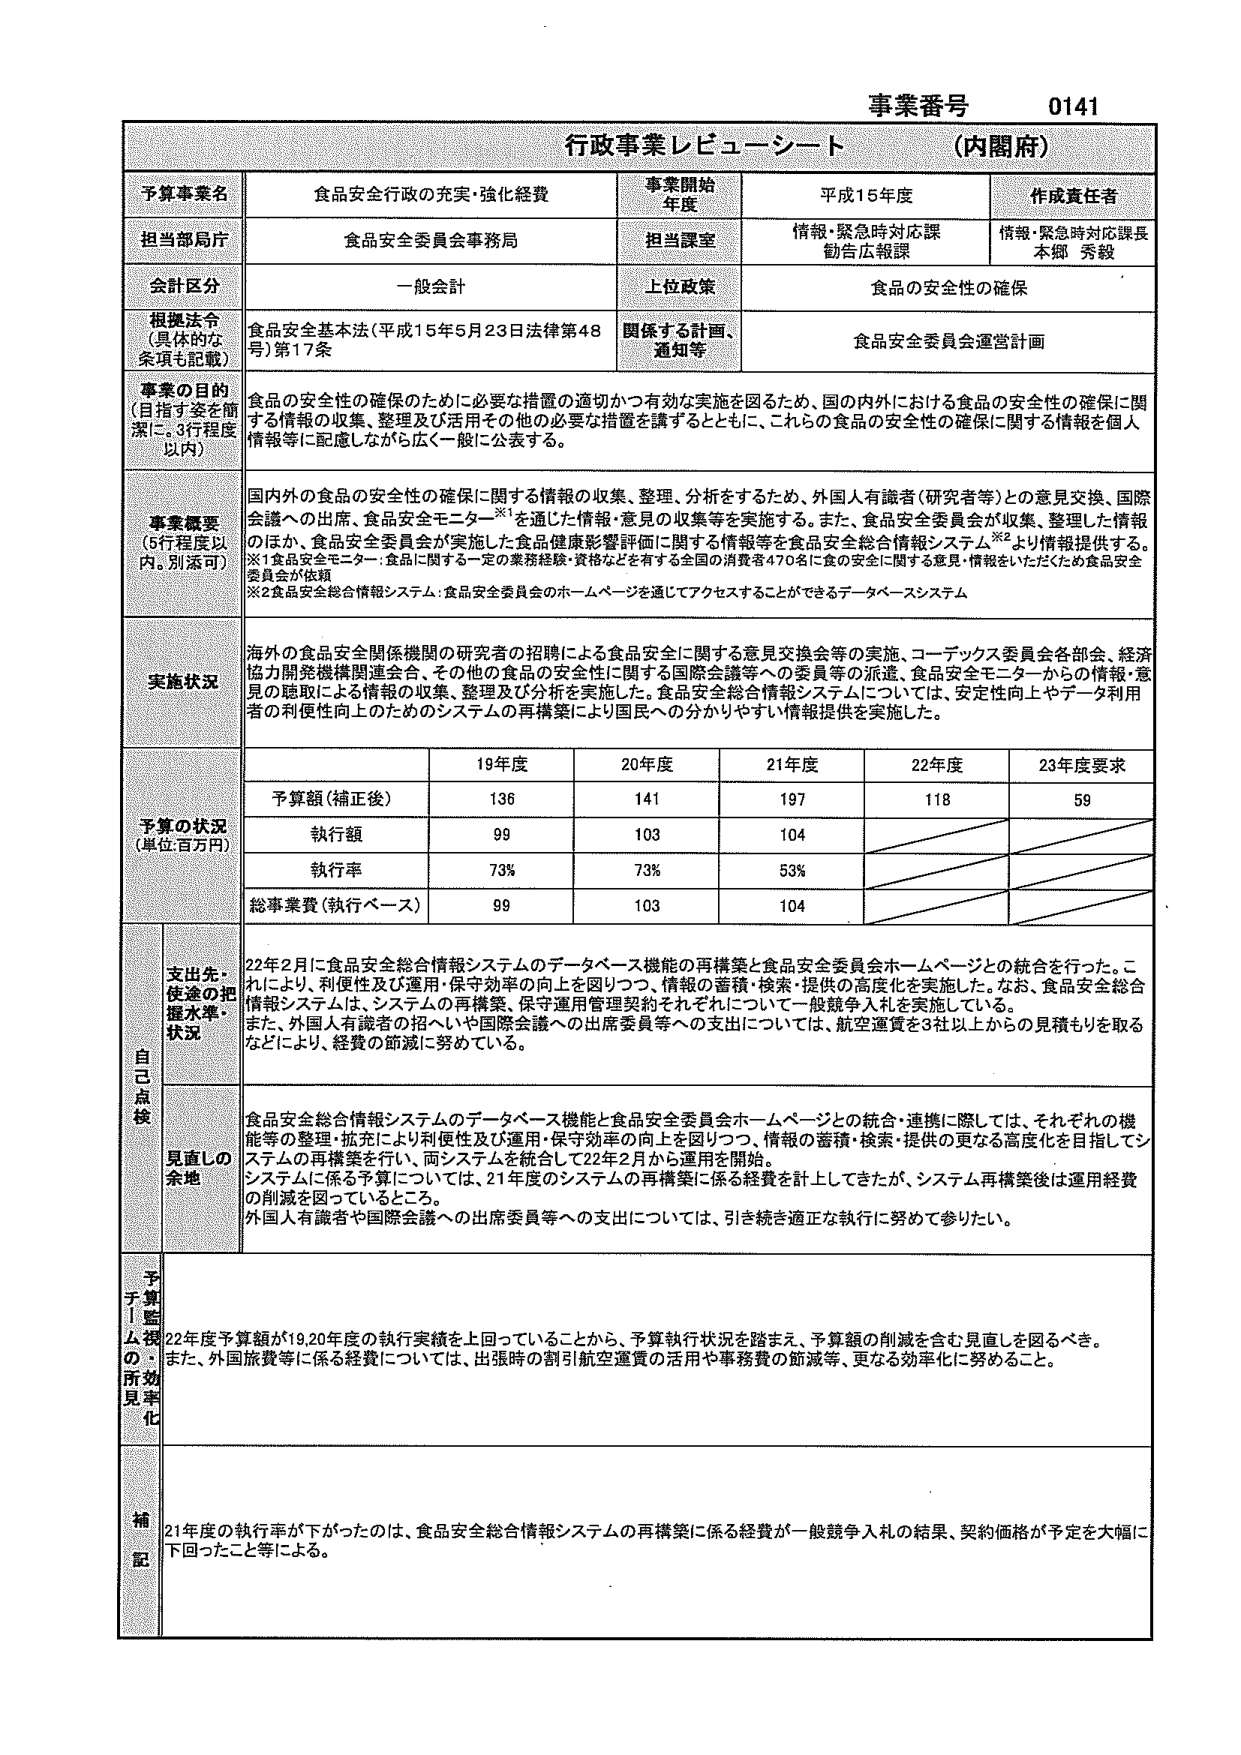
事業番号 0141
行政事業レビューーシート （内閣府）

予算事業名 食品安全行政の充実・強化経費
事業開始年度 平成15年度
作成責任者 情報・緊急時対応課長 本郷 秀毅

担当部局庁 食品安全委員会事務局
担当課室 情報・緊急時対応課 勧告広報課

会計区分 一般会計
上位政策 食品の安全性の確保

根拠法令（具体的な条項も記載） 食品安全基本法（平成15年5月23日法律第48号）第17条
関係する計画・通知等 食品安全委員会運営計画

事業の目的（目指す姿を簡潔に。3行程度以内） 食品の安全性の確保のために必要な措置の適切かつ有効な実施を図るため、国の内外における食品の安全性の確保に関する情報の収集、整理及び活用その他の必要な措置を講ずるとともに、これらの食品の安全性の確保に関する情報を個人情報等に配慮しながら広く一般に公表する。

事業概要（5行程度以内。別添可） 国内外の食品の安全性の確保に関する情報の収集、整理、分析をするため、外国人有識者（研究者等）との意見交換、国際会議への出席、食品安全モニター※1を通じた情報・意見の収集等を実施する。また、食品安全委員会が収集、整理した情報のほか、食品安全委員会が実施した食品健康影響評価に関する情報等を食品安全総合情報システム※2より情報提供する。
※1食品安全モニター：食品に関する一定の業務経験・資格などを有する全国の消費者470名に食の安全に関する意見・情報をいただくための食品安全委員会が依頼
※2食品安全総合情報システム：食品安全委員会のホームページを通じてアクセスすることができるデータベースシステム

実施状況 海外の食品安全関係機関の研究者の招聘による食品安全に関する意見交換会等の実施、コーデックス委員会各部会、経済協力開発機構関連会合、その他の食品の安全性に関する国際会議等への委員等の派遣、食品安全モニターからの情報・意見の聴取による情報の収集、整理及び分析を実施した。食品安全総合情報システムについては、安定性向上やデータ利用者の利便性向上のためのシステムの再構築により国民への分かりやすい情報提供を実施した。

予算の状況（単位：百万円）
19年度 20年度 21年度 22年度 23年度要求
予算額（補正後） 136 141 197 118 59
執行額 99 103 104
執行率 73% 73% 53%
総事業費（執行ベース） 99 103 104

自己点検
支出先・使途の把握水準・状況 22年2月に食品安全総合情報システムのデータベース機能の再構築と食品安全委員会ホームページとの統合を行った。これにより、利便性及び運用・保守効率の向上を図りつつ、情報の蓄積・検索・提供の高度化を実施した。なお、食品安全総合情報システムは、システムの再構築、保守運用管理契約それぞれについて一般競争入札を実施している。また、外国人有識者の招へいや国際会議への出席委員等への支出については、航空運賃を3社以上からの見積もりを取るなどにより、経費の節減に努めている。

見直しの余地 食品安全総合情報システムのデータベース機能と食品安全委員会ホームページとの統合・連携に際しては、それぞれの機能等の整理・拡充により利便性及び運用・保守効率の向上を図りつつ、情報の蓄積・検索・提供の更なる高度化を目指してシステムの再構築を行い、両システムを統合して22年2月から運用を開始。システムに係る予算については、21年度のシステムの再構築に係る経費を計上してきたが、システム再構築後は運用経費の削減を図っているところ。外国人有識者や国際会議への出席委員等への支出については、引き続き適正な執行に努めて参りたい。

予算・監視の所効見直し 22年度予算額が19,20年度の執行実績を上回っていることから、予算執行状況を踏まえ、予算額の削減を含む見直しを図るべき。また、外国旅費等に係る経費については、出張時の割引航空運賃の活用や事務費の節減等、更なる効率化に努めること。

補記 21年度の執行率が下がったのは、食品安全総合情報システムの再構築に係る経費が一般競争入札の結果、契約価格が予定を大幅に下回ったこと等による。